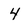
Character: 4